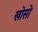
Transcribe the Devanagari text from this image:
खोसो